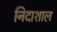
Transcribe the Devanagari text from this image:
निदाशाल